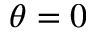
\theta = 0